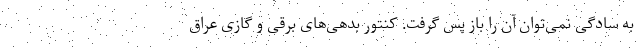
به سادگی نمی‌توان آن را باز پس گرفت. کنتور بدهی‌های برقی و گازی عراق